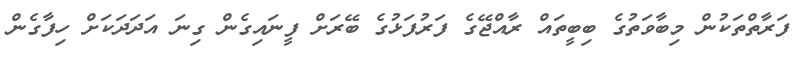
ފަރާތްތަކުން މިބާވަތުގެ ބިބީތައް ރާއްޖޭގެ ފަރުފަޅުގެ ބޭރަށް ފީނައިގެން ގިނަ އަދަދަކަށް ހިފާގެން